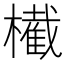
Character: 𣝫